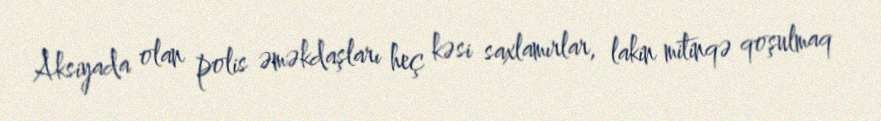
Aksiyada olan polis əməkdaşları heç kəsi saxlamırlar, lakin mitinqə qoşulmaq